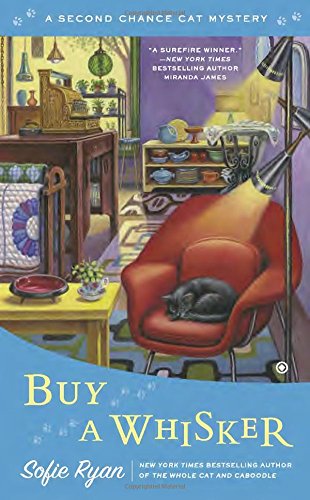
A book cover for Buy a Whisker: Second Chance Cat Mystery; Sofie Ryan; Mystery, Thriller & Suspense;